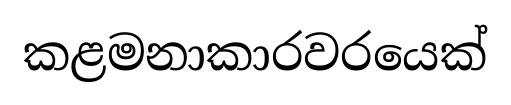
කළමනාකාරවරයෙක්